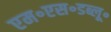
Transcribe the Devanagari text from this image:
एम॰एस॰डब्लू॰